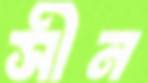
সীন